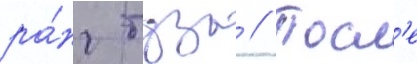
ра́нг туза // Посл'е